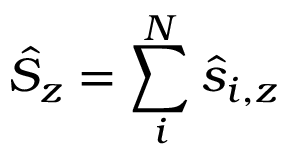
\hat { S } _ { z } = \sum _ { i } ^ { N } \hat { s } _ { i , z }